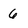
Character: 6